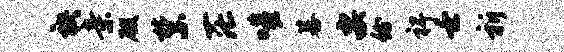
袂亲殷禁茫嗤暮要份裨壬祈